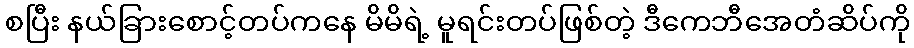
စပြီး နယ်ခြားစောင့်တပ်ကနေ မိမိရဲ့ မူရင်းတပ်ဖြစ်တဲ့ ဒီကေဘီအေတံဆိပ်ကို